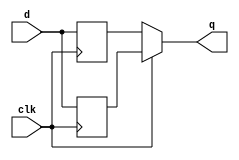
module top_module (
    input clk,
    input d,
    output q
);
    
     reg temp1, temp2;
	 always @(posedge clk)
         begin temp1 <= d;end
	 
	 always @(negedge clk)
		begin temp2 <= d;end
	 
	 always @(clk) begin
		if(clk)
			q = temp1;
		else
			q = temp2;
	 end

endmodule